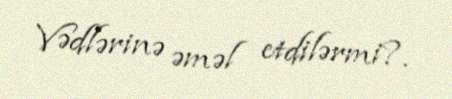
Vədlərinə əməl etdilərmi?.